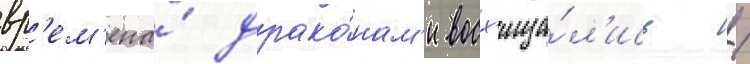
вр'ем'ена́ драко́нам'и восх'ища́л'ись /